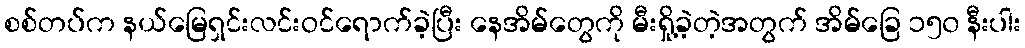
စစ်တပ်က နယ်မြေရှင်းလင်းဝင်ရောက်ခဲ့ပြီး နေအိမ်တွေကို မီးရှို့ခဲ့တဲ့အတွက် အိမ်ခြေ ၁၅၀ နီးပါး